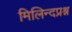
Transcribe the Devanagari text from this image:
मिलिन्दप्रश्न